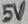
Text: 5V